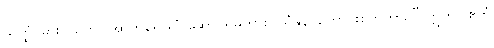
သတ္ထံ၊ ဓားငယ်ကို။ အာဟရေယျံ၊ ဆောင်ရမူကား။ ယံနူန၊ ကောင်းစွတကား။” ဣတိ (ဧတံ